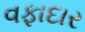
વફાદાર